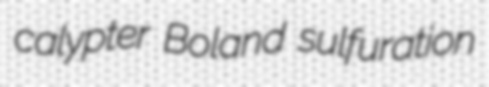
calypter Boland sulfuration